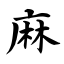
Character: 麻